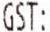
GST: